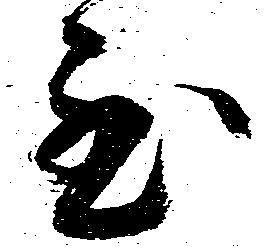
至